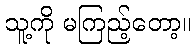
သူ့ကို မကြည့်တော့။